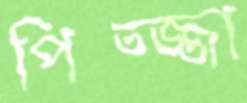
পিত্জ্জা